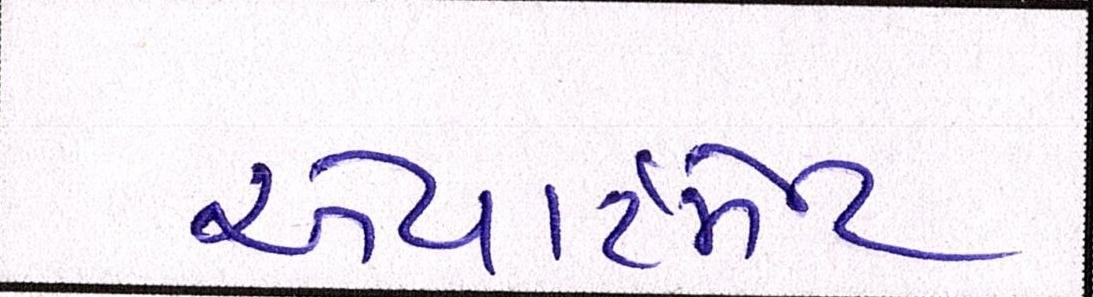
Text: એપાર્ટમેન્ટ